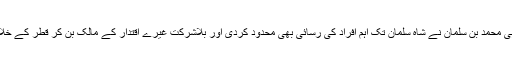
ولی عہد بنتے ہی محمد بن سلمان نے شاہ سلمان تک اہم افراد کی رسائی بھی محدود کردی اور بلاشرکت غیرے اقتدار کے مالک بن کر قطر کے خلاف محاذ کھولا۔